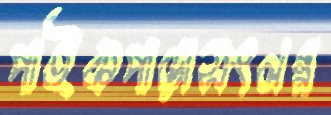
পাইকপাড়াসংলগ্ন